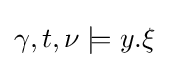
\gamma ,t,\nu \models y.\xi